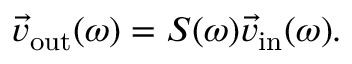
\vec { v } _ { \mathrm { o u t } } ( \omega ) = S ( \omega ) \vec { v } _ { \mathrm { i n } } ( \omega ) .